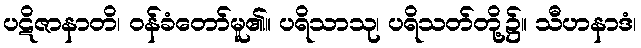
ပဋိဇာနာတိ၊ ဝန်ခံတော်မူ၏။ ပရိသာသု၊ ပရိသတ်တို့၌။ သီဟနာဒံ၊